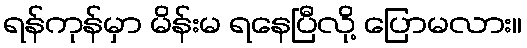
ရန်ကုန်မှာ မိန်းမ ရနေပြီလို့ ပြောမလား။